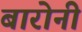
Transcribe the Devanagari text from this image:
बारोनी